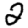
Digit: 2